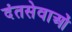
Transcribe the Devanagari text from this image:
दंतसेवाओं